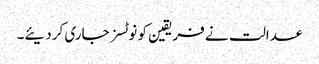
عدالت نے فریقین کو نوٹسز جاری کردیئے۔